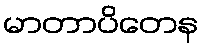
မာတာပိတေန